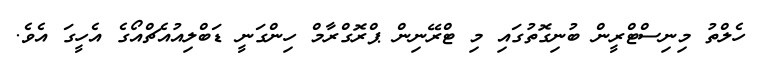
ހެލްތު މިނިސްޓްރީން ބުނިގޮތުގައި މި ޓްރޭނިން ޕްރޮގްރާމް ހިންގަނީ ޑަބްލިއުއެޗްއޯގެ އެހީގަ އެވެ.